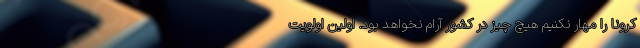
کرونا را مهار نکنیم هیچ چیز در کشور آرام نخواهد بود. اولین اولویت